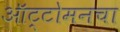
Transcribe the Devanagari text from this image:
ऑट्टोमनचा